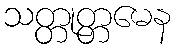
သတ္တုတ္တမေန